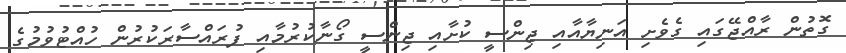
ގޮތުން ރާއްޖޭގައި ގެވެށި އަނިޔާއާއި ޖިންސީ ކުށާއި ޖިންސީ ގޯނާކުރުމާއި ފުރައްސާރަކުރުން ހުއްޓުވުމުގެ